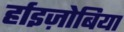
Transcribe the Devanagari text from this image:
र्हाइज़ोबिया